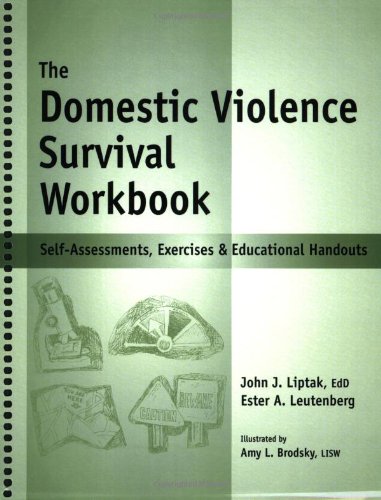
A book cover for Domestic Violence Survival Workbook (The) - Self-Assessments, Exercises & Educational Handouts; John J Liptak; Self-Help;